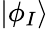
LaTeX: |\phi_{I}\rangle